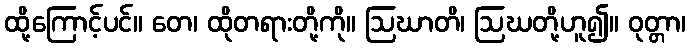
ထို့ကြောင့်ပင်။ တေ၊ ထိုတရားတို့ကို။ ဩဃာတိ၊ ဩဃတို့ဟူ၍။ ဝုတ္တာ၊